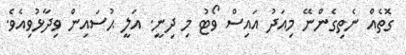
ގޮތެއް ނެތިގެންނޭ މިއަދު އައިސް ވޯޓު މި ދިނީ. އަލީ ޙުސައިން ވިދާޅުވިއެވެ.